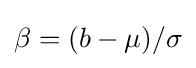
\beta =(b-\mu )/\sigma